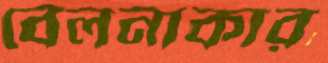
বেলনাকার